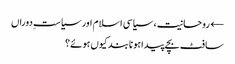
← روحانیت، سیاسی اسلام اور سیاستِ دوراں
سافٹ بچے پیدا ہونا بند کیوں ہوئے؟